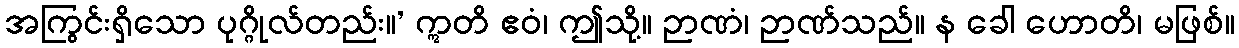
အကြွင်းရှိသော ပုဂ္ဂိုလ်တည်း။’ ဣတိ ဧဝံ၊ ဤသို့။ ဉာဏံ၊ ဉာဏ်သည်။ န ခေါ ဟောတိ၊ မဖြစ်။